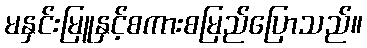
မနှင်းမြူနှင့်စကားစမြည်ပြောသည်။